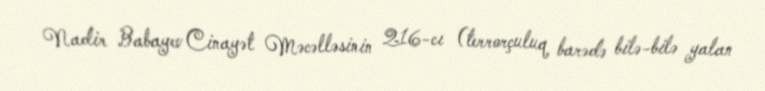
Nadir Babayev Cinayət Məcəlləsinin 216-cı (terrorçuluq barədə bilə-bilə yalan